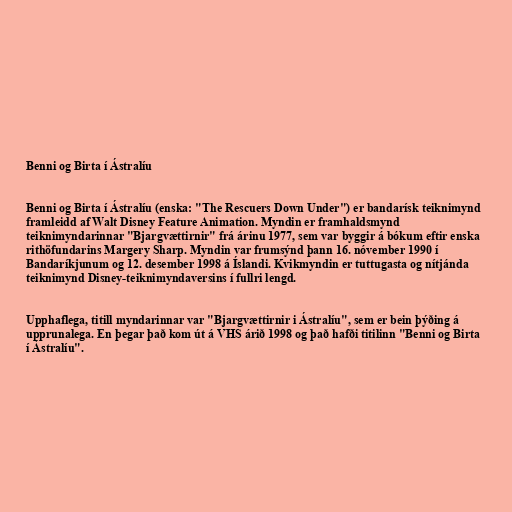
Benni og Birta í Ástralíu

Benni og Birta í Ástralíu (enska: "The Rescuers Down Under") er bandarísk teiknimynd
framleidd af Walt Disney Feature Animation. Myndin er framhaldsmynd
teiknimyndarinnar "Bjargvættirnir" frá árinu 1977, sem var byggir á bókum eftir enska
rithöfundarins Margery Sharp. Myndin var frumsýnd þann 16. nóvember 1990 í
Bandaríkjunum og 12. desember 1998 á Íslandi. Kvikmyndin er tuttugasta og nítjánda
teiknimynd Disney-teiknimyndaversins í fullri lengd.

Upphaflega, titill myndarinnar var "Bjargvættirnir i Ástralíu", sem er bein þýðing á
upprunalega. En þegar það kom út á VHS árið 1998 og það hafði titilinn "Benni og Birta
í Ástralíu".